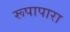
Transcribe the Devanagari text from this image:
रूपापारा